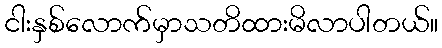
ငါးနှစ်လောက်မှာသတိထားမိလာပါတယ်။